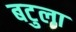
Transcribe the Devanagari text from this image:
बटुला